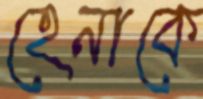
হেনাকে